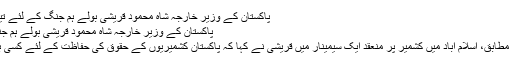
پاکستان کے وزیر خارجہ شاہ محمود قریشی بولے ہم جنگ کے لئے تیار ہیں : چوتھی دنیا :
پاکستان کے وزیر خارجہ شاہ محمود قریشی بولے ہم جنگ کے لئے تیار ہیں
اے آر وائی نیوز کے مطابق، اسلام آباد میں کشمیر پر منعقد ایک سیمینار میں قریشی نے کہا کہ پاکستان کشمیریوں کے حقوق کی حفاظت کے لئے کسی بھی حد تک جائے گا۔